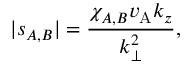
| s _ { A , B } | = \frac { \chi _ { A , B } v _ { \mathrm { A } } k _ { z } } { k _ { \perp } ^ { 2 } } ,